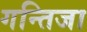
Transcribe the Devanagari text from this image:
गन्तिजा